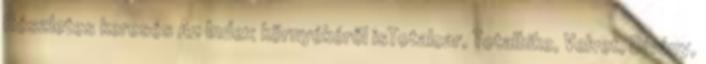
Részletes keresés Az Index környékéről isTotalcar, Totalbike, Velvet, Dívány,